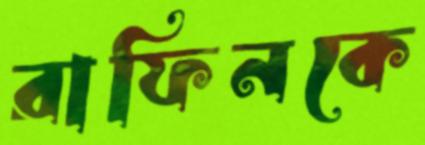
রাফিনকে